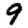
Digit: 9